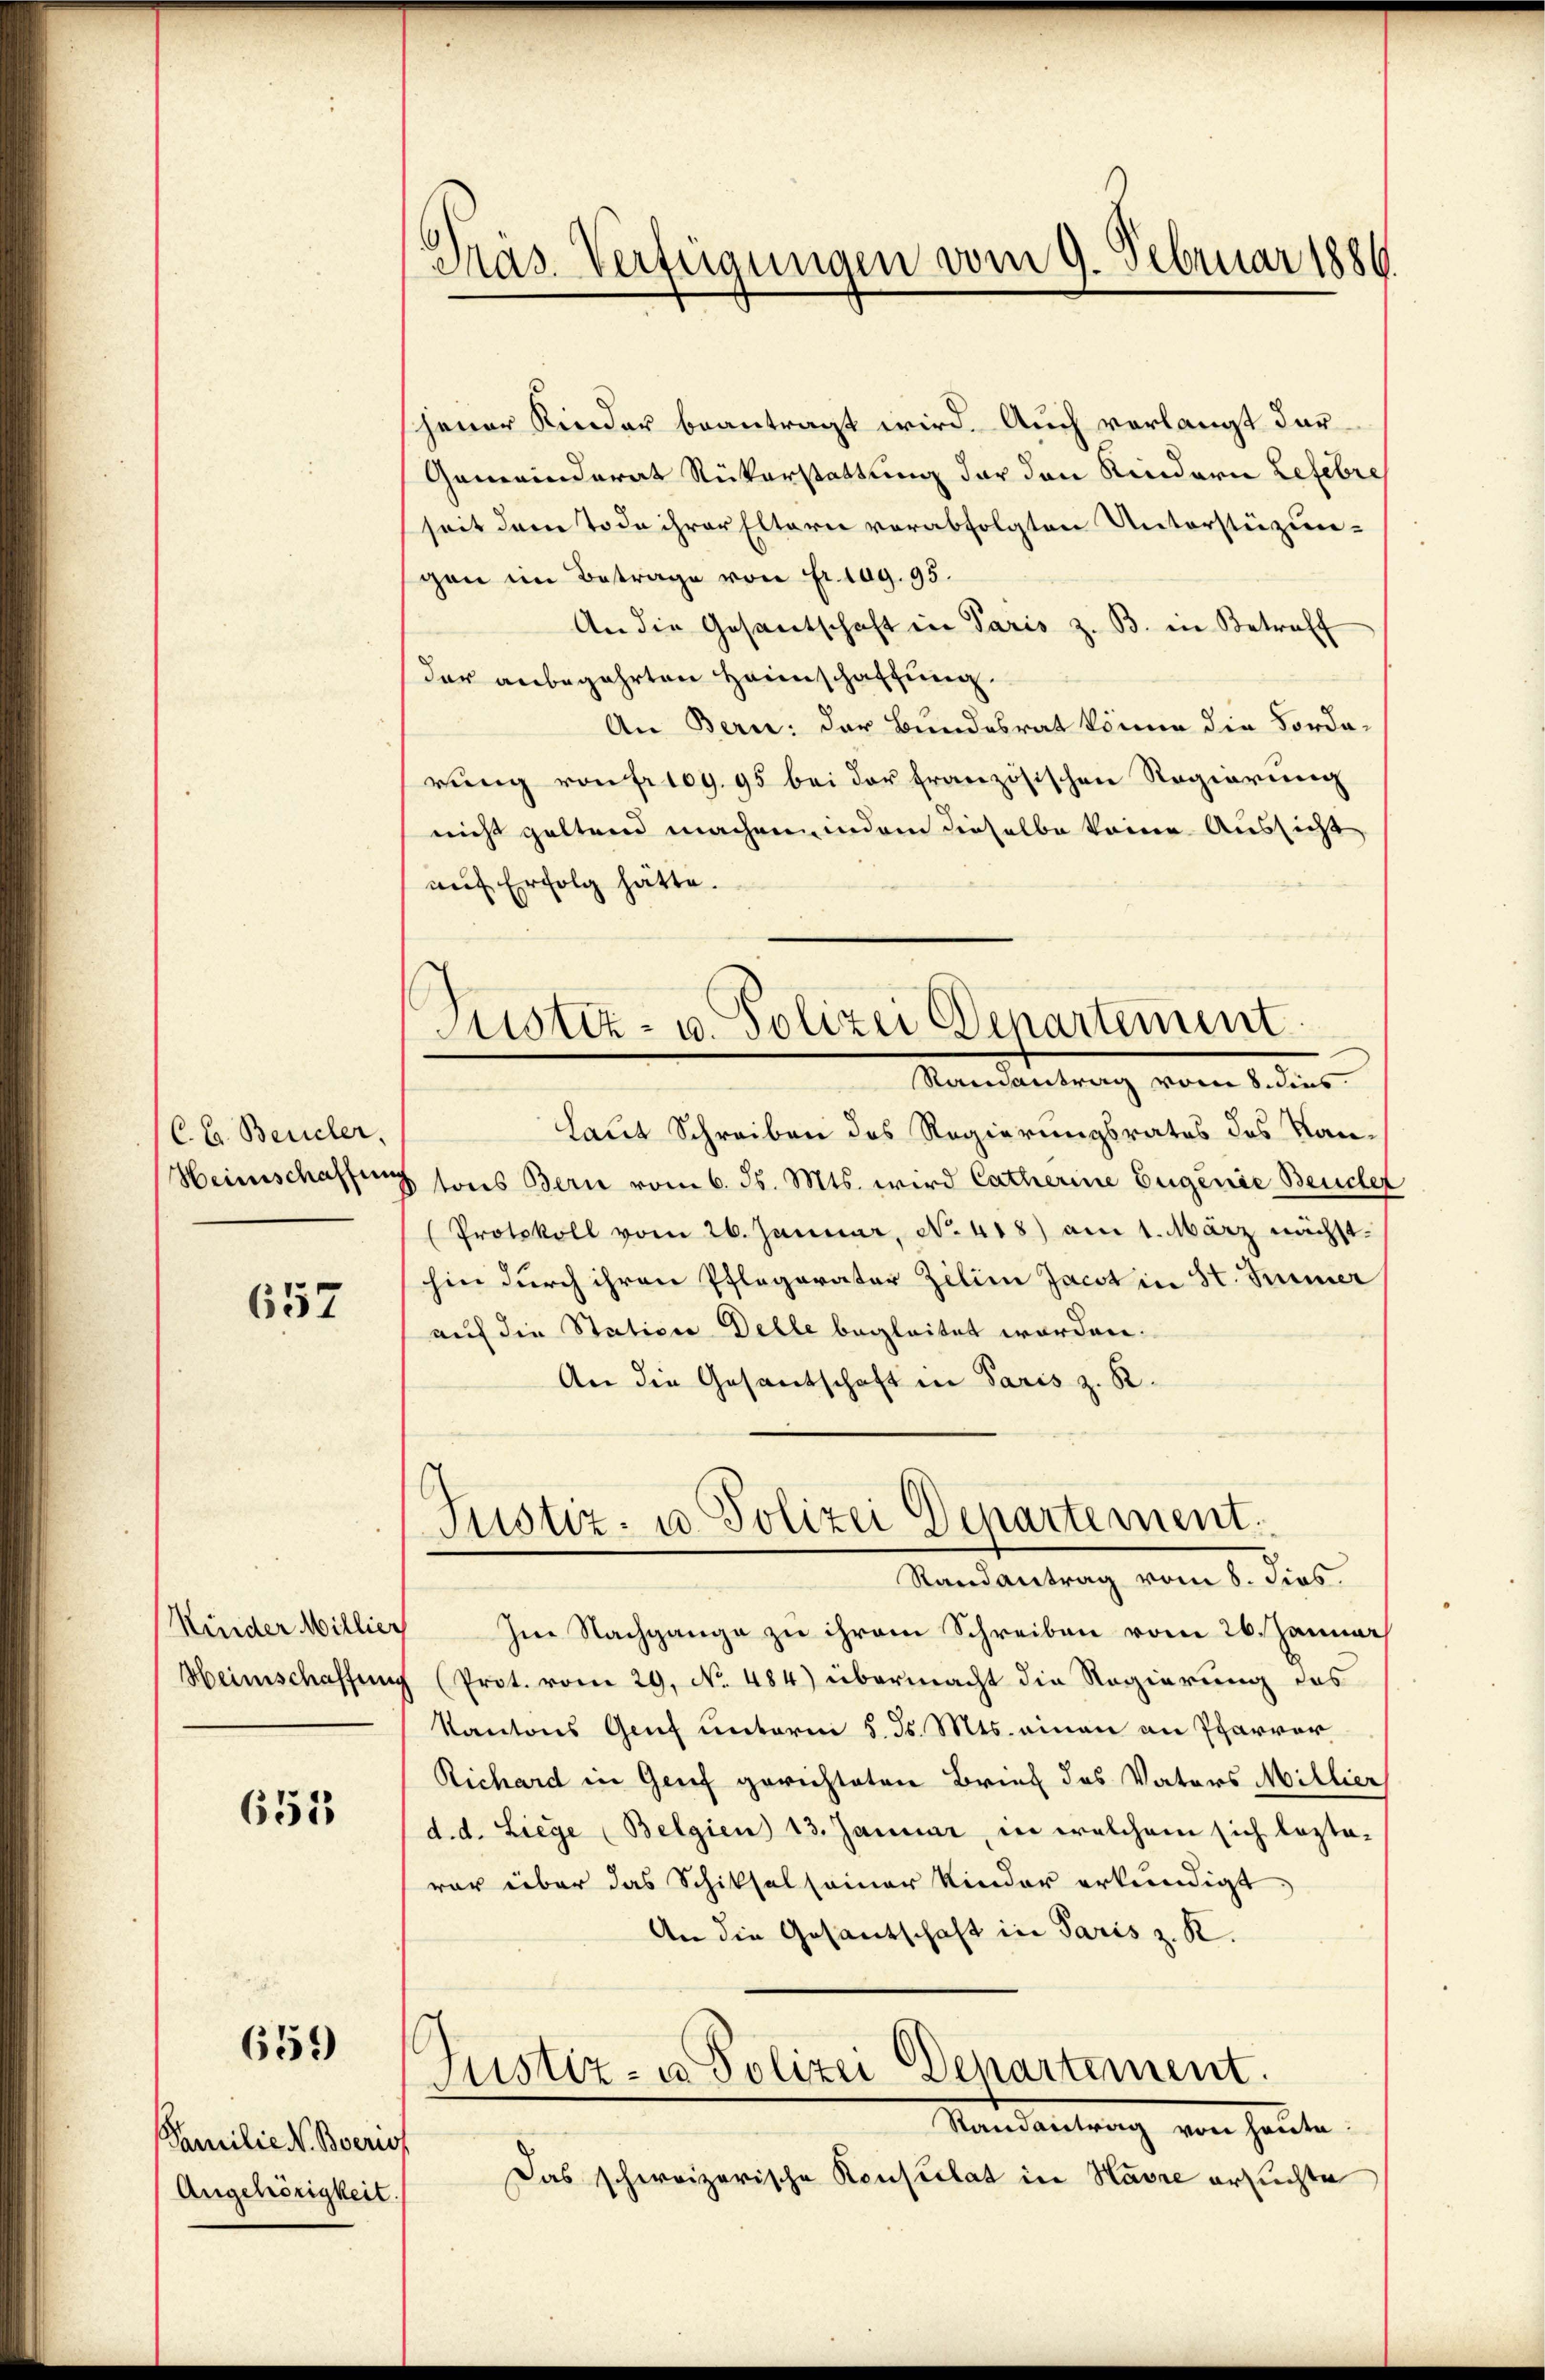
C. C. Beucler,

657

(Kinder Millier
Heimschaffung

651

659)

Familie K. Boeris
Angehörigkeit.

Präs. Verfügungen vom 9. Februar 1886.

Justiz- u. Polizei Departement.
Ramantrag vom 8. dies

jener Kinder beantragt wird. Auch vorlangt dar¬
Gemeinderat Rükerstattung der den Kindern Lefebre
seit dem Tode ihrer Eltern verabfolgten Unterstüzunschon im Betrage von fr. lag. 95.
An die Gesantschaft in Paris z. B. in Betreff
der anbegehrten Heimschaffung.
An Bern: der Bundesrat könne die Fordarung von frey. 95 bei der französischen Regierung
nicht geltend machen, indem dieselbe keine Aussicht
auf Erfolg hätte.
Laut Schreiben des Regierungsrates des Kan¬
Heimschaffung sons Bern vom 6. ds. Mts. wird Catherine Eugenie Beuchet
Protokoll vom 26. Januar, No. 418) am 1. März nächst
hin durch ihren Pflegarater Zelin Jacot in St. Sinner
auf die Station Delle begleitet worden.
An die Gesandschaft in Paris z. R.
.
Justiz- u. Polizei Departement.
Randantrag vom 8. dies
Im Nachgange zu ihrem Schreiben vom 26. Januar
(Prot. vom 29. No 484) übermacht die Regierung des
Kantons Genf unterm 5. ds. Mts. einen an Pfarrer
Richard in Genf gerichteten Brief des Vaters Millier
d. d. Liege (Belgien 13. Januar, in welchem sich lezta-
vor über das Schiksal seiner Kinder erkundigt.
An die Gesantschaft in Paris z. K.
¬
Justiz- u Polizei Departement.
Mandantrag von heute
Das schweizerische Konsulat in Havre ersuchte